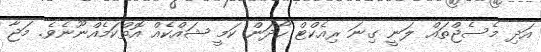
އަދި މެސެޖްތައް ލަނީ ގިނަ ރިއެކްޓް ހޯދަން ކަމީ ޝައްކެއް އޮތްކަމެއްނޫނެވެ. މަޖާ